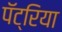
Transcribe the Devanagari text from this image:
पॅट्रिया